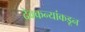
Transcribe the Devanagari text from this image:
देवकन्यांकडून